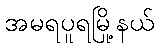
အမရပူရမြို့နယ်